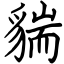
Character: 貒